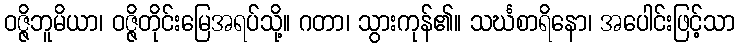
ဝဇ္ဇိဘူမိယာ၊ ဝဇ္ဇိတိုင်းမြေအရပ်သို့။ ဂတာ၊ သွားကုန်၏။ သင်္ဃစာရိနော၊ အပေါင်းဖြင့်သာ